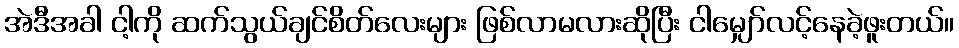
အဲဒီအခါ ငါ့ကို ဆက်သွယ်ချင်စိတ်လေးများ ဖြစ်လာမလားဆိုပြီး ငါမျှော်လင့်နေခဲ့ဖူးတယ်။